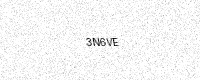
Text: 3N6VE